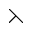
\leftthreetimes